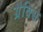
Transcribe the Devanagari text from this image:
ग्रैविस